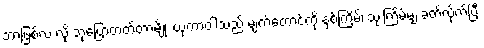
ဘာဖြစ်လဲ လို့ ဘုပြောတတ်တာမျိုး ယုကာဝါသည် မျက်တောင်ကို နှစ်ကြိမ်၊ သုံးကြိမ်မျှ ခတ်လိုက်ပြီး